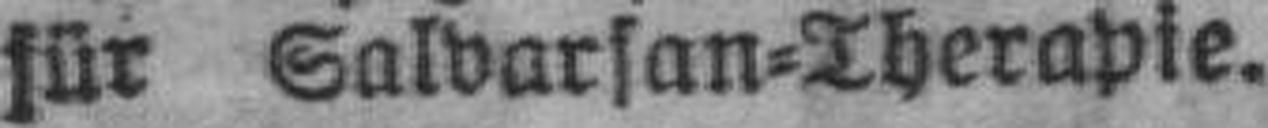
für Salvarsan=Therapie.